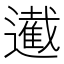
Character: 𮟙